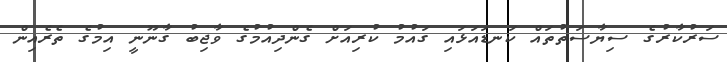
ސަރުކާރުގެ ސިޔާސަތުތައް ކަނޑައަޅައި ގައުމު ކުރިއަށް ގެންދިއުމުގެ ވާޖިބު ގާނޫނީ އިމުގެ ތެރެއިން